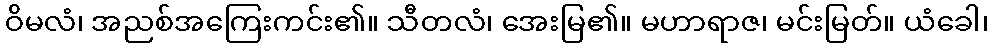
ဝိမလံ၊ အညစ်အကြေးကင်း၏။ သီတလံ၊ အေးမြ၏။ မဟာရာဇ၊ မင်းမြတ်။ ယံခေါ၊